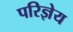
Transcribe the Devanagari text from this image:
परिज्ञेय